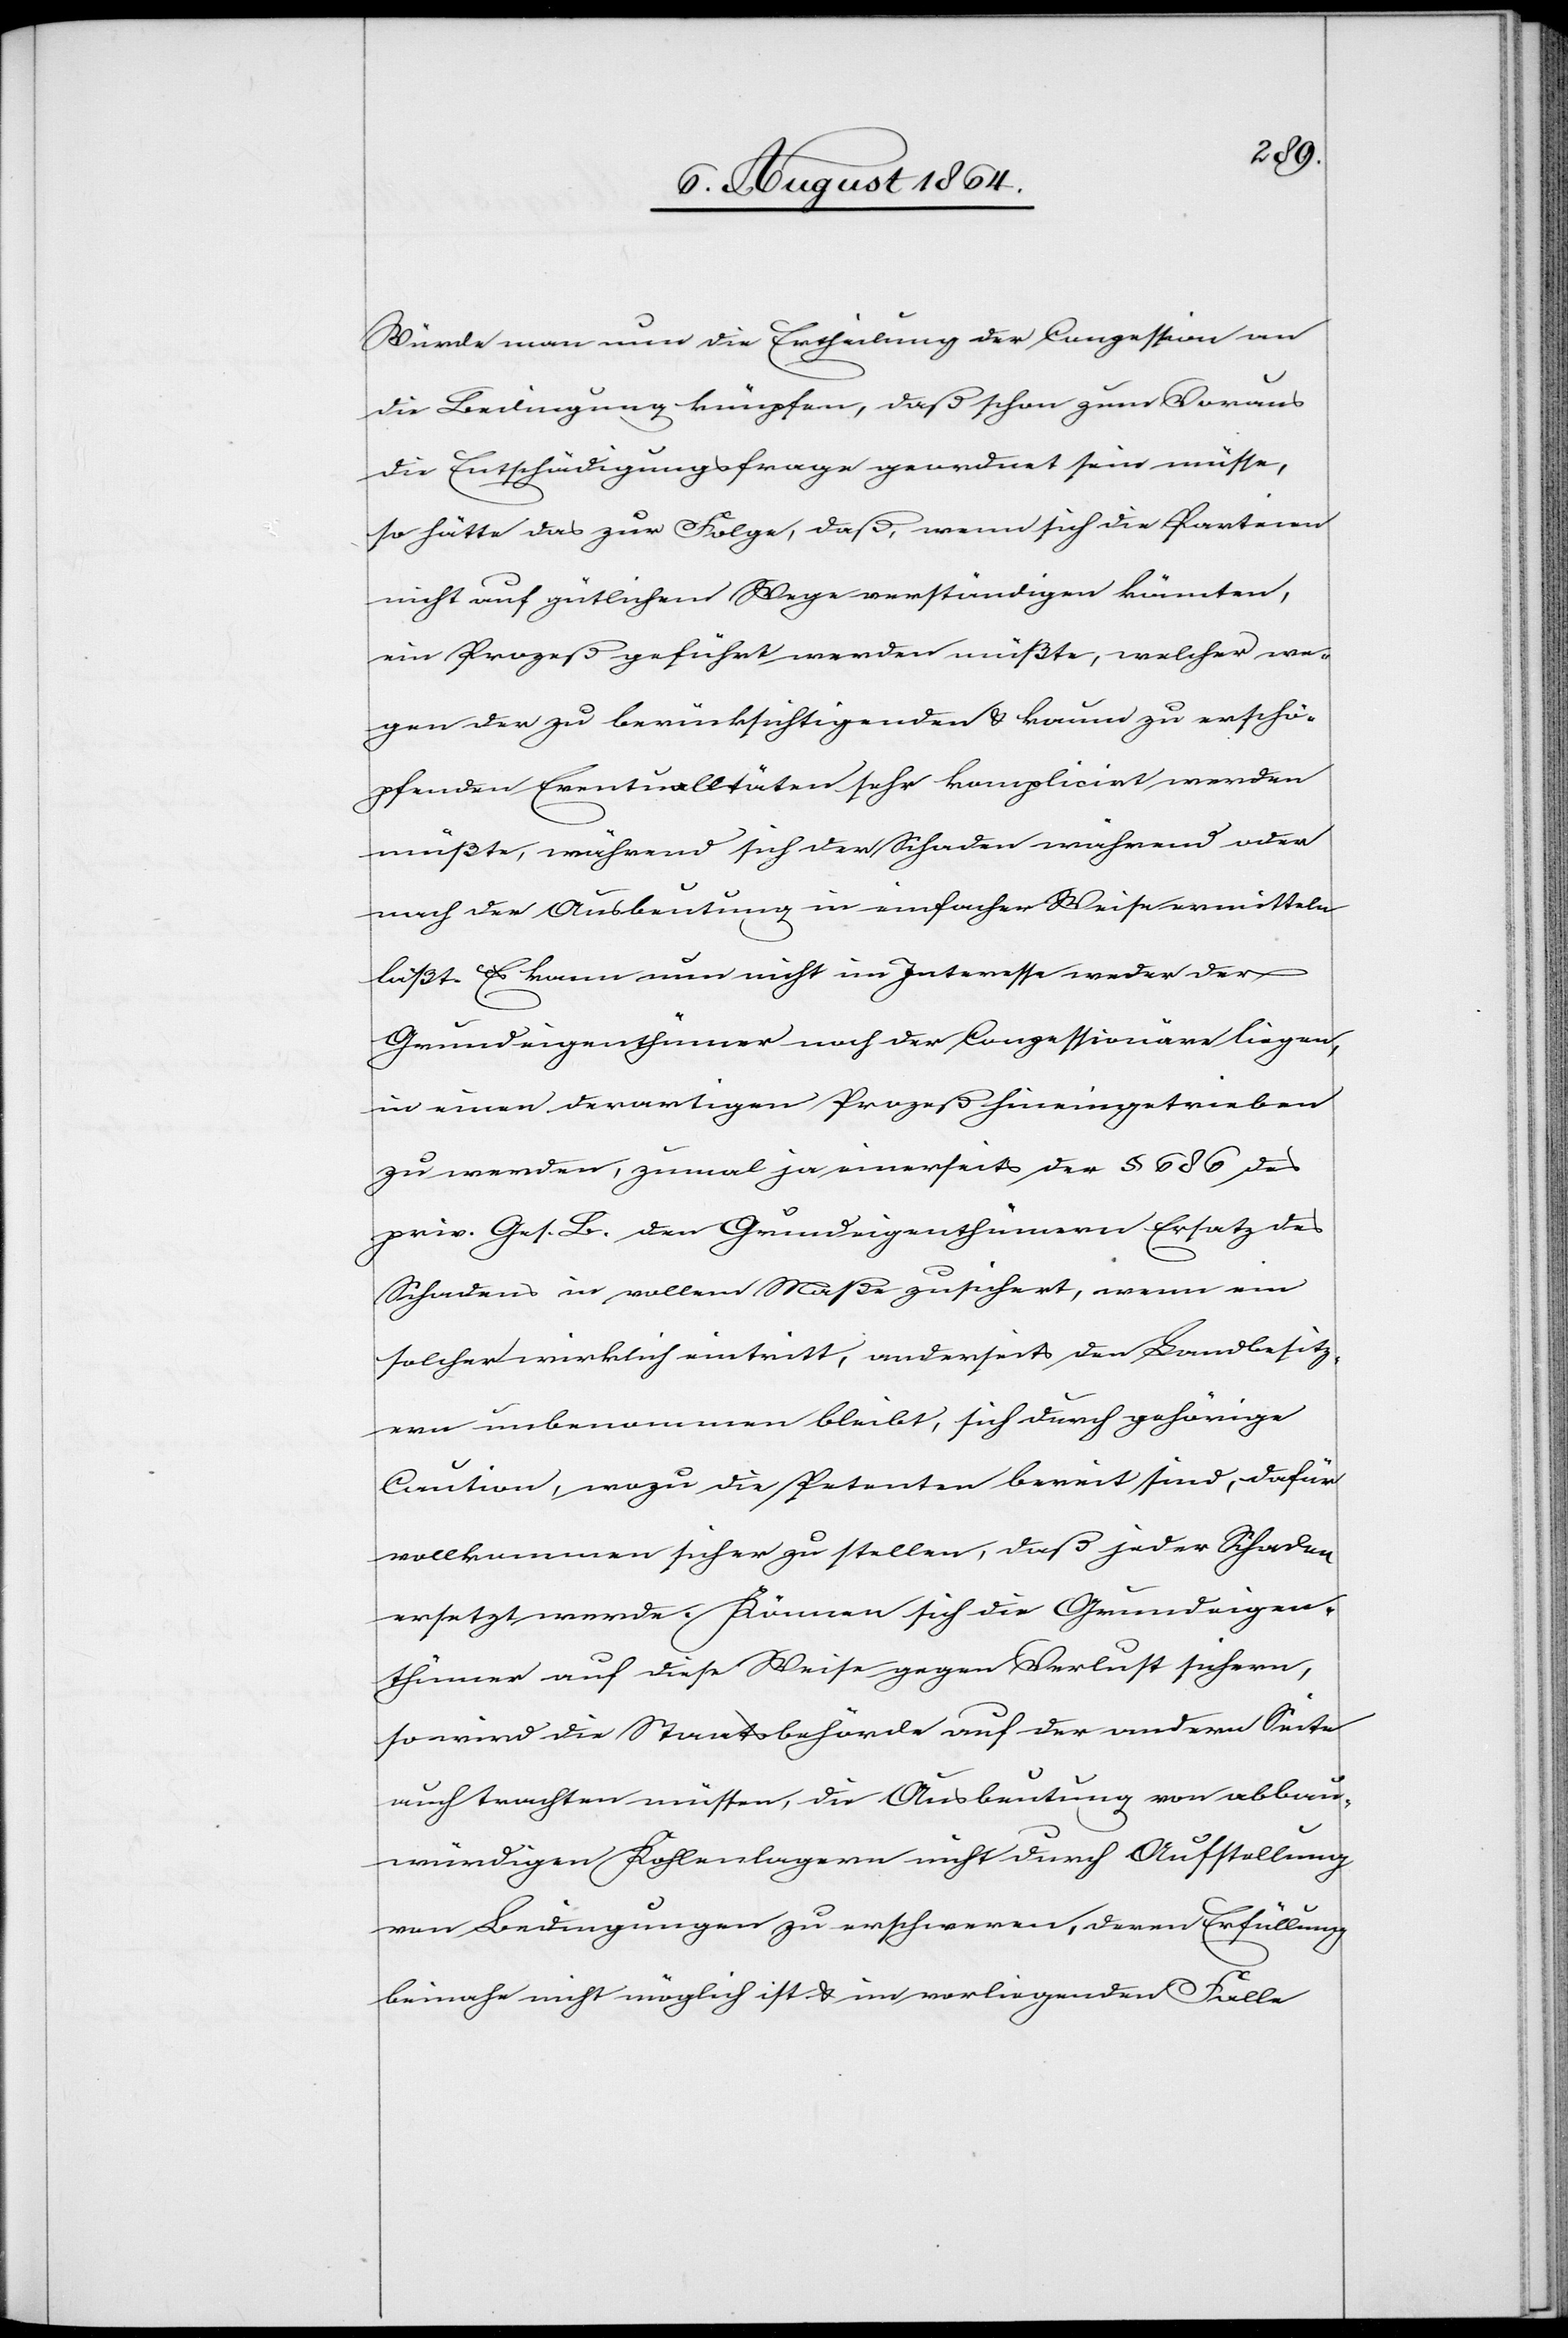
Würde man nun die Ertheilung der Conzession an
die Bedingung knüpfen, daß schon zum Voraus
die Entschädigungsfrage geordnet sein müsse,
so hätte das zur Folge, daß, wenn sich die Parteien
nicht auf gütlichem Wege verständigen könnten,
ein Prozeß geführt werden müßte, welcher we¬
gen der zu berücksichtigenden & kaum zu erschö¬
pfenden Eventualitäten sehr kompliziert werden
müßte, während sich der Schaden während oder
nach der Ausbeutung in einfacher Weise ermitteln
läßt. Es kann nun nicht im Interesse weder der
Grundeigenthümer noch der Conzessionäre liegen,
in einen derartigen Prozeß hineingetrieben
zu werden, zumal ja einerseits der § 686 des
priv. Ges. B. den Grundeigenthümern Ersatz des
Schadens im vollen Maße zusichert, wenn ein
solcher wirklich eintritt, anderseits den Landbesitz¬
ern unbenommen bleibt, sich durch gehörige
Caution, wozu die Petenten bereit sind, dafür
vollkommen sicher zu stellen, daß jeder Schaden
ersetzt werde. Können sich die Grundeigen¬
thümer auf diese Weise gegen Verlust sichern,
so wird die Staatsbehörde auf der andern Seite
auch trachten müssen, die Ausbeutung von abbau¬
würdigen Kohlenlagern nicht durch Aufstellung
von Bedingungen zu erschweren, deren Erfüllung
beinahe nicht möglich ist & im vorliegenden Falle